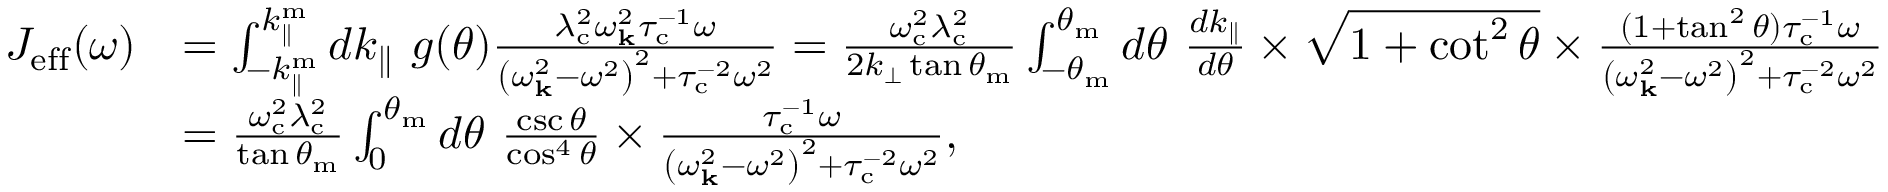
\begin{array} { r l } { J _ { \mathrm { e f f } } ( \omega ) } & { = \int _ { - k _ { \parallel } ^ { \mathrm { m } } } ^ { k _ { \parallel } ^ { \mathrm { m } } } d k _ { \parallel } ~ g ( \theta ) \frac { \lambda _ { \mathrm { c } } ^ { 2 } \omega _ { \mathbf { k } } ^ { 2 } \tau _ { \mathrm { c } } ^ { - 1 } \omega } { \left( \omega _ { \mathbf { k } } ^ { 2 } - \omega ^ { 2 } \right) ^ { 2 } + \tau _ { \mathrm { c } } ^ { - 2 } \omega ^ { 2 } } = \frac { \omega _ { \mathrm { c } } ^ { 2 } \lambda _ { \mathrm { c } } ^ { 2 } } { 2 k _ { \perp } \tan \theta _ { \mathrm { m } } } \int _ { - \theta _ { \mathrm { m } } } ^ { \theta _ { \mathrm { m } } } d \theta ~ \frac { d k _ { \parallel } } { d \theta } \times \sqrt { 1 + \cot ^ { 2 } \theta } \times \frac { ( 1 + \tan ^ { 2 } \theta ) \tau _ { \mathrm { c } } ^ { - 1 } \omega } { \left( \omega _ { \mathbf { k } } ^ { 2 } - \omega ^ { 2 } \right) ^ { 2 } + \tau _ { \mathrm { c } } ^ { - 2 } \omega ^ { 2 } } } \\ & { = \frac { \omega _ { \mathrm { c } } ^ { 2 } \lambda _ { \mathrm { c } } ^ { 2 } } { \tan \theta _ { \mathrm { m } } } \int _ { 0 } ^ { \theta _ { \mathrm { m } } } d \theta \ \frac { \csc \theta } { \cos ^ { 4 } \theta } \times \frac { \tau _ { \mathrm { c } } ^ { - 1 } \omega } { \left( \omega _ { \mathbf { k } } ^ { 2 } - \omega ^ { 2 } \right) ^ { 2 } + \tau _ { \mathrm { c } } ^ { - 2 } \omega ^ { 2 } } , } \end{array}